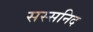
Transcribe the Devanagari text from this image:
सस्सनिद